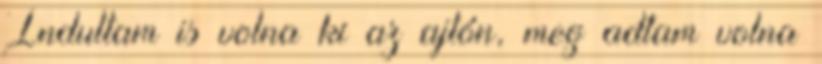
Indultam is volna ki az ajtón, meg adtam volna